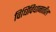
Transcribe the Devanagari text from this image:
विधिविधानातील